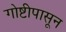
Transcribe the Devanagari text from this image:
गोष्टीपासून